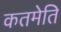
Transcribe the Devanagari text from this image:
कतमेति